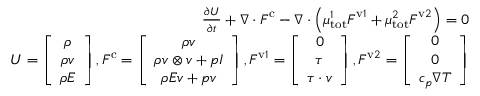
\begin{array} { r } { \frac { \partial \boldsymbol { U } } { \partial t } + \nabla \cdot \boldsymbol { F } ^ { \mathrm { c } } - \nabla \cdot \left( \mu _ { \mathrm { t o t } } ^ { 1 } \boldsymbol { F } ^ { \mathrm { v } 1 } + \mu _ { \mathrm { t o t } } ^ { 2 } \boldsymbol { F } ^ { \mathrm { v } 2 } \right) = 0 } \\ { \boldsymbol { U } = \left[ \begin{array} { c } { \rho } \\ { \rho \boldsymbol { v } } \\ { \rho E } \end{array} \right] , \boldsymbol { F } ^ { \mathrm { c } } = \left[ \begin{array} { c } { \rho \boldsymbol { v } } \\ { \rho \boldsymbol { v } \otimes \boldsymbol { v } + p \boldsymbol { I } } \\ { \rho E \boldsymbol { v } + p \boldsymbol { v } } \end{array} \right] , \boldsymbol { F } ^ { \mathrm { v } 1 } = \left[ \begin{array} { c } { 0 } \\ { \boldsymbol { \tau } } \\ { \boldsymbol { \tau } \cdot \boldsymbol { v } } \end{array} \right] , \boldsymbol { F } ^ { \mathrm { v } 2 } = \left[ \begin{array} { c } { 0 } \\ { 0 } \\ { c _ { p } \nabla T } \end{array} \right] } \end{array}